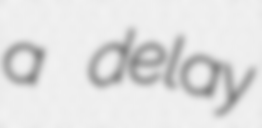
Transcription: a delay